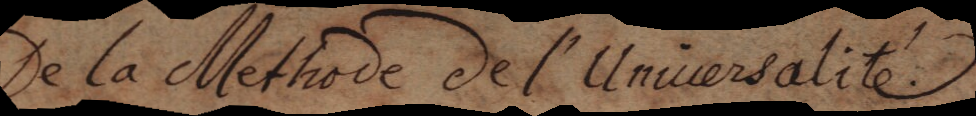
De la Methode de l’Unuversalité.